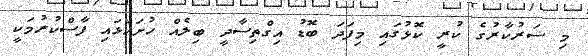
މި ސަރުކާރުގެ ކުރީ ކޮޅުގައި މިފަދަ ބޮޑު އިގްތިސާދީ ބިލެއް ހުށަހަޅައި ފާސްކުރުމަކީ